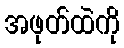
အဖုတ်ထဲကို